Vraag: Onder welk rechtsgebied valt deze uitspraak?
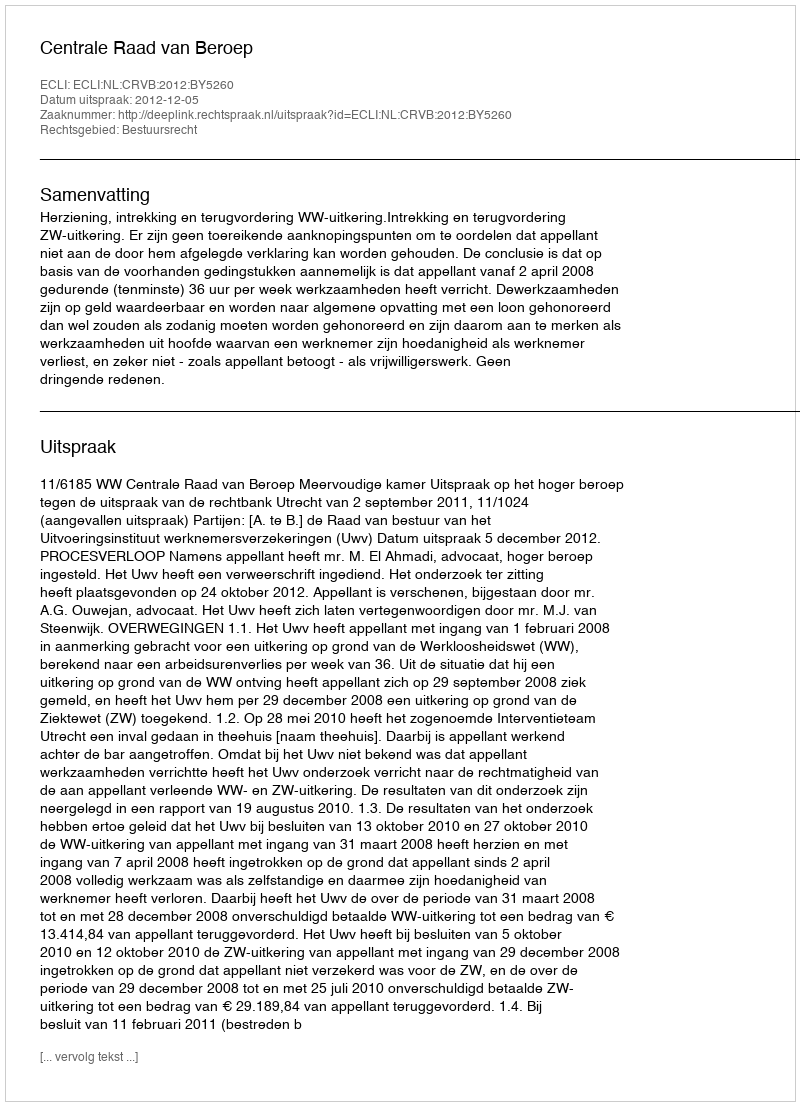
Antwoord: Bestuursrecht